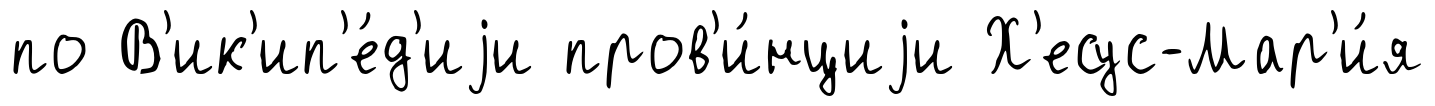
по В'ик'ип'е́д'иjи пров'и́нциjи Х'есус-Мар'и́я